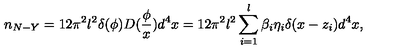
n _ { N - Y } = 1 2 \pi ^ { 2 } l ^ { 2 } \delta ( \phi ) D ( \frac \phi x ) d ^ { 4 } x = 1 2 \pi ^ { 2 } l ^ { 2 } \sum _ { i = 1 } ^ { l } \beta _ { i } \eta _ { i } \delta ( x - z _ { i } ) d ^ { 4 } x ,